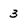
Character: 3